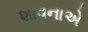
શાવનાએ